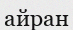
айран